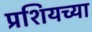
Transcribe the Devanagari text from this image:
प्रशियच्या